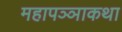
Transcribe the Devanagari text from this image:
महापञ्ञाकथा